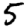
Digit: 5